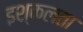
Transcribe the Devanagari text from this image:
इश्कलता